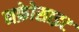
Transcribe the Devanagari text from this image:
नफ्रेोसाइट